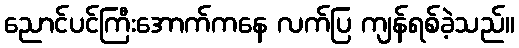
ညောင်ပင်ကြီးအောက်ကနေ လက်ပြ ကျန်ရစ်ခဲ့သည်။